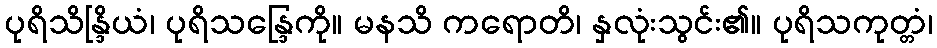
ပုရိသိန္ဒြိယံ၊ ပုရိသန္ဒြေကို။ မနသိ ကရောတိ၊ နှလုံးသွင်း၏။ ပုရိသကုတ္တံ၊